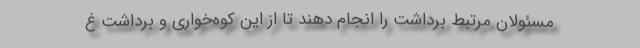
مسئولان مرتبط برداشت را انجام دهند تا از این کوه‌خواری و برداشت غ